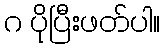
ဂ ပိုပြီးဖတ်ပါ။